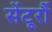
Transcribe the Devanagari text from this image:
सेंटूरौं